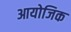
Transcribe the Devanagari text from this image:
आयोजिक